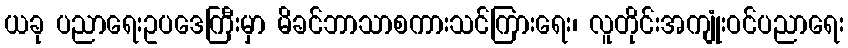
ယခု ပညာရေးဥပဒေကြီးမှာ မိခင်ဘာသာစကားသင်ကြားရေး၊ လူတိုင်းအကျုံးဝင်ပညာရေး